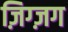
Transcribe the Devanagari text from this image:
ज़िग्ज़ग